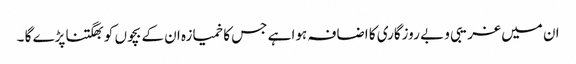
ان میں غریبی و بے روزگاری کا اضافہ ہوا ہے جس کا خمیازہ ان کے بچوں کو بھگتنا پڑے گا ۔